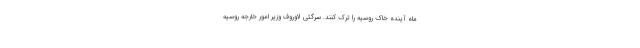
ماه آینده خاک روسیه را ترک کنند. سرگئی لاوروف وزیر امور خارجه روسیه